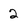
Character: 2